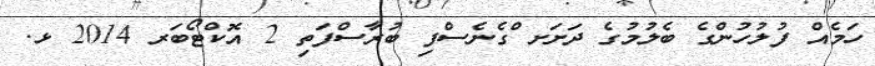
ހަމެއް ފުލުހުންގެ ބެލުމުގެ ދަށަށ ްގެނެސްފި ބުރާސްފަތި 2 އޮކްޓޯބަރ 2014 ޅ.